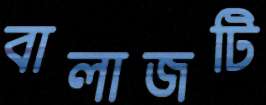
বালাজটি